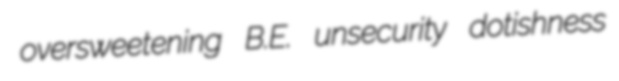
oversweetening B.E. unsecurity dotishness